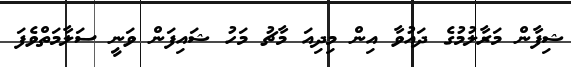
ޝިފާން މަރާލުމުގެ ދައުވާ އިން މިދިއަ މާޗު މަހު ޝައިފަން ވަނީ ސަލާމަތްވެފަ